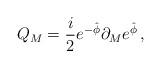
LaTeX: \begin{align*}Q_M = {i\over 2} e^{-\hat \phi} \partial_M e^{ \hat \phi} \, ,\end{align*}